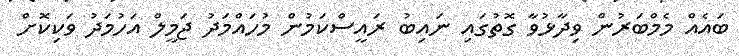
ބައެއް މެމްބަރުން ވިދާޅުވާ ގޮތުގައި ނައިބު ރައީސްކަމުން މުހައްމަދު ޖަމީލް އަހުމަދު ވަކިކޮށް